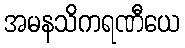
အမနသိကရဏီယေ